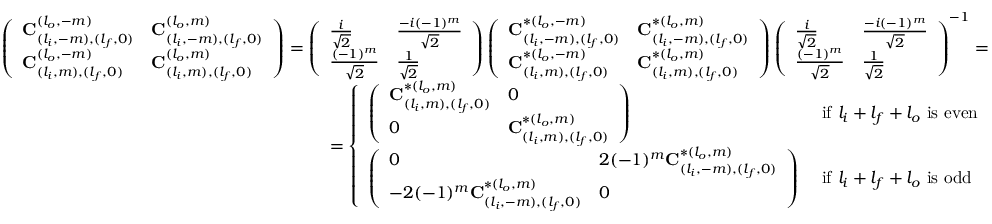
\begin{array} { r } { \left( \begin{array} { l l } { \mathbf { C } _ { ( l _ { i } , - m ) , ( l _ { f } , 0 ) } ^ { ( l _ { o } , - m ) } } & { \mathbf { C } _ { ( l _ { i } , - m ) , ( l _ { f } , 0 ) } ^ { ( l _ { o } , m ) } } \\ { \mathbf { C } _ { ( l _ { i } , m ) , ( l _ { f } , 0 ) } ^ { ( l _ { o } , - m ) } } & { \mathbf { C } _ { ( l _ { i } , m ) , ( l _ { f } , 0 ) } ^ { ( l _ { o } , m ) } } \end{array} \right) = \left( \begin{array} { l l } { \frac { i } { \sqrt { 2 } } } & { \frac { - i ( - 1 ) ^ { m } } { \sqrt { 2 } } } \\ { \frac { ( - 1 ) ^ { m } } { \sqrt { 2 } } } & { \frac { 1 } { \sqrt { 2 } } } \end{array} \right) \left( \begin{array} { l l } { \mathbf { C } _ { ( l _ { i } , - m ) , ( l _ { f } , 0 ) } ^ { * ( l _ { o } , - m ) } } & { \mathbf { C } _ { ( l _ { i } , - m ) , ( l _ { f } , 0 ) } ^ { * ( l _ { o } , m ) } } \\ { \mathbf { C } _ { ( l _ { i } , m ) , ( l _ { f } , 0 ) } ^ { * ( l _ { o } , - m ) } } & { \mathbf { C } _ { ( l _ { i } , m ) , ( l _ { f } , 0 ) } ^ { * ( l _ { o } , m ) } } \end{array} \right) \left( \begin{array} { l l } { \frac { i } { \sqrt { 2 } } } & { \frac { - i ( - 1 ) ^ { m } } { \sqrt { 2 } } } \\ { \frac { ( - 1 ) ^ { m } } { \sqrt { 2 } } } & { \frac { 1 } { \sqrt { 2 } } } \end{array} \right) ^ { - 1 } = } \\ { = \left\{ \begin{array} { l l } { \left( \begin{array} { l l } { \mathbf { C } _ { ( l _ { i } , m ) , ( l _ { f } , 0 ) } ^ { * ( l _ { o } , m ) } } & { 0 } \\ { 0 } & { \mathbf { C } _ { ( l _ { i } , m ) , ( l _ { f } , 0 ) } ^ { * ( l _ { o } , m ) } } \end{array} \right) } & { \mathrm { ~ i f ~ } l _ { i } + l _ { f } + l _ { o } \mathrm { ~ i s ~ e v e n } } \\ { \left( \begin{array} { l l } { 0 } & { 2 ( - 1 ) ^ { m } \mathbf { C } _ { ( l _ { i } , - m ) , ( l _ { f } , 0 ) } ^ { * ( l _ { o } , m ) } } \\ { - 2 ( - 1 ) ^ { m } \mathbf { C } _ { ( l _ { i } , - m ) , ( l _ { f } , 0 ) } ^ { * ( l _ { o } , m ) } } & { 0 } \end{array} \right) } & { \mathrm { ~ i f ~ } l _ { i } + l _ { f } + l _ { o } \mathrm { ~ i s ~ o d d } } \end{array} \right. } \end{array}